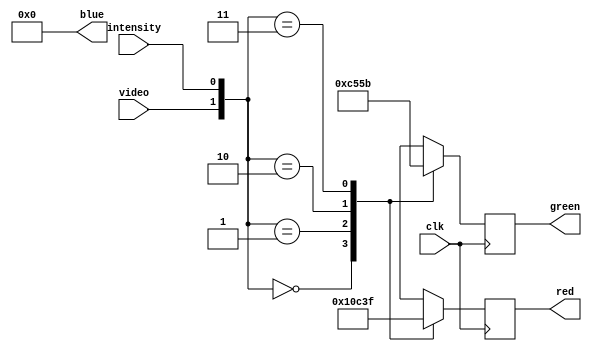
// Graphics Gremlin
//
// Copyright (c) 2021 Eric Schlaepfer
// This work is licensed under the Creative Commons Attribution-ShareAlike 4.0
// International License. To view a copy of this license, visit
// http://creativecommons.org/licenses/by-sa/4.0/ or send a letter to Creative
// Commons, PO Box 1866, Mountain View, CA 94042, USA.
//
module mda_vgaport(
    input clk,

    input video,
    input intensity,

    // Analog outputs
    output[5:0] red,
    output[5:0] green,
    output[5:0] blue
    );

    reg[5:0] r;
    reg[5:0] g;

    assign red = r;
    // assign green = {g, 1'b0};
    assign green = g;
    assign blue = 6'd0;

    always @(posedge clk)
    begin
        case({video, intensity})
            2'd0: begin
                r <= 6'd0;
                g <= 6'd0;
            end
            2'd1: begin
                r <= 6'd16;
                g <= 6'd12;
            end
            2'd2: begin
                r <= 6'd48;
                g <= 6'd21;
            end
            2'd3: begin
                r <= 6'd63;
                g <= 6'd27;
            end
            default: ;
        endcase
    end
endmodule